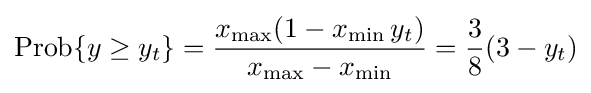
\operatorname {Prob} \{y\geq y_{t}\}={\frac {x_{\mathrm {max} }(1-x_{\mathrm {min} }\,y_{t})}{x_{\mathrm {max} }-x_{\mathrm {min} }}}={\frac {3}{8}}(3-y_{t})